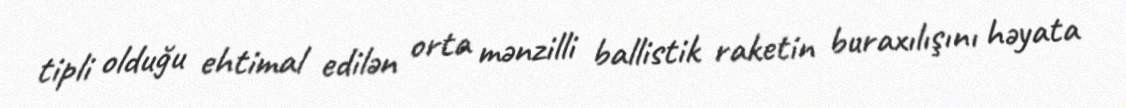
tipli olduğu ehtimal edilən orta mənzilli ballistik raketin buraxılışını həyata